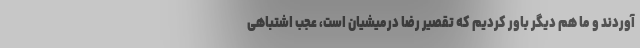
آوردند و ما هم دیگر باور کردیم که تقصیر رضا درمیشیان است، عجب اشتباهی